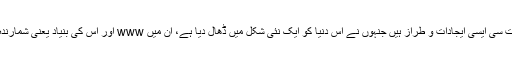
اور موجودہ دور میں آئیں تو بہت سی ایسی ایجادات و طراز ہیں جنہوں نے اس دنیا کو ایک نئی شکل میں ڈھال دیا ہے، ان میں www اور اس کی بنیاد یعنی شمارندہ (computer) وغیرہ اہم ہیں۔